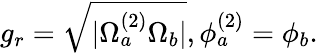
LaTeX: g_{r}=\sqrt{|\Omega_{a}^{(2)}\Omega_{b}|},\phi_{a}^{(2)}=\phi_{b}.